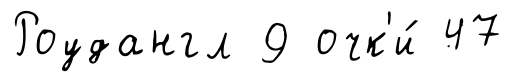
Роудангл 9 очк'и́ 47